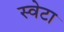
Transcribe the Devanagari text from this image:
स्वेटा